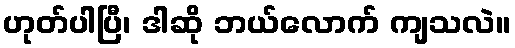
ဟုတ်ပါပြီ၊ ဒါဆို ဘယ်လောက် ကျသလဲ။